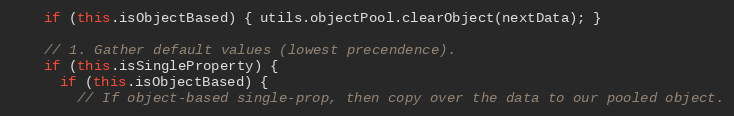
Language: JavaScript
    if (this.isObjectBased) { utils.objectPool.clearObject(nextData); }

    // 1. Gather default values (lowest precendence).
    if (this.isSingleProperty) {
      if (this.isObjectBased) {
        // If object-based single-prop, then copy over the data to our pooled object.